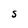
Character: S